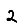
Digit: 2